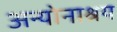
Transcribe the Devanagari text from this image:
अन्योनाश्रय